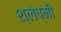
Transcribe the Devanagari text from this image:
श्लेष्मी